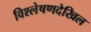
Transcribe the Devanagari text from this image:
विश्लेषणदेखिल